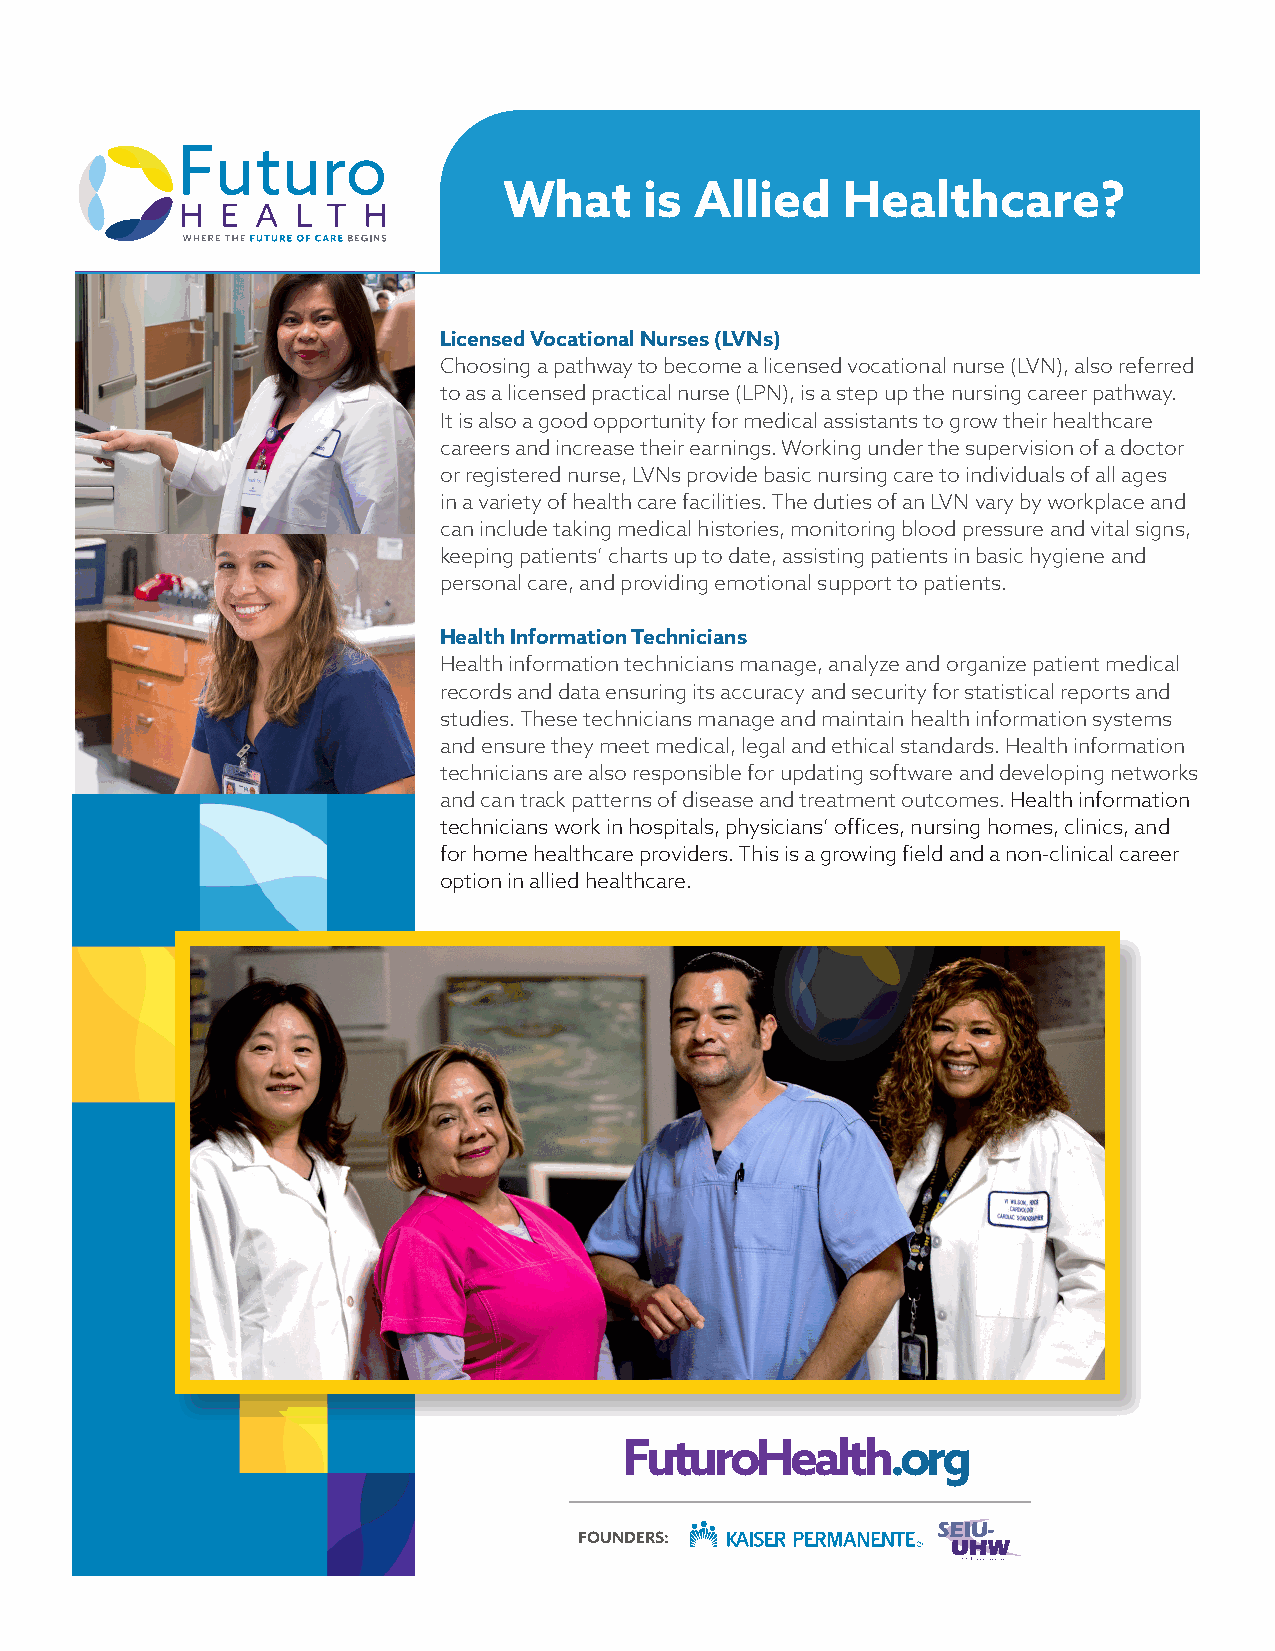
What      is Allied    Healthcare?
 Licensed Vocational Nurses (LVNs)
 Choosing a pathway to become a licensed vocational nurse (LVN), also referred
 to as a licensed practical nurse (LPN), is a step up the nursing career pathway.
 It is also a good opportunity for medical assistants to grow their healthcare
 careers and increase their earnings. Working under the supervision of a doctor
 or registered nurse, LVNs provide basic nursing care to individuals of all ages
 in a variety of health care facilities. The duties of an LVN vary by workplace and
 can include taking medical histories, monitoring blood pressure and vital signs,
 keeping patients’ charts up to date, assisting patients in basic hygiene and
 personal care, and providing emotional support to patients.
 Health Information Technicians
 Health information technicians manage, analyze and organize patient medical
 records and data ensuring its accuracy and security for statistical reports and
 studies. These technicians manage and maintain health information systems
 and ensure they meet medical, legal and ethical standards. Health information
 technicians are also responsible for updating software and developing networks
 and can track patterns of disease and treatment outcomes. Health information
 technicians work in hospitals, physicians’ offices, nursing homes, clinics, and
 for home healthcare providers. This is a growing field and a non-clinical career
 option in allied healthcare.
 FuturoHealth.org
 FOUNDERS: